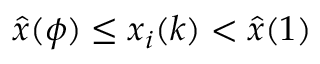
\hat { x } ( \phi ) \leq x _ { i } ( k ) < \hat { x } ( 1 )